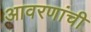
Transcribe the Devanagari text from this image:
आवरणांची